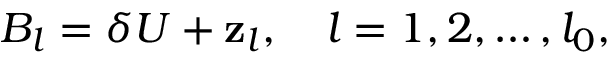
B _ { l } = \delta U + \mathbf { z } _ { l } , \quad l = 1 , 2 , \ldots , l _ { 0 } ,